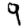
Digit: 9